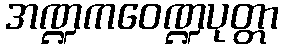
အဏ္ဍကဝေဏ္ဍပုတ္တာ